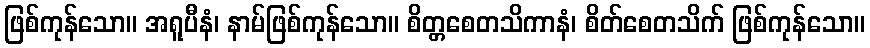
ဖြစ်ကုန်သော။ အရူပီနံ၊ နာမ်ဖြစ်ကုန်သော။ စိတ္တစေတသိကာနံ၊ စိတ်စေတသိက် ဖြစ်ကုန်သော။